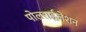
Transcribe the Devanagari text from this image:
पोलराईज़ेशन